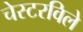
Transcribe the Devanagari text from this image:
चेस्टरविले